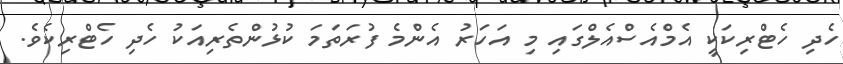
ހެދި ހެޓްރިކަކީ އެމްއެސްއެލްގައި މި އަހަރު އެންމެ ފުރަތަމަ ކުޅުންތެރިއަކު ހެދި ހެޓްރިކެވެ.